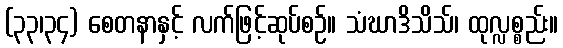
(၃၃၊၃၄) စေတနာနှင့် လက်ဖြင့်ဆုပ်စဉ်။ သံဃာဒိသိသ်၊ ထုလ္လစ္စည်း။